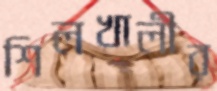
শিলখালীর